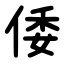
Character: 倭